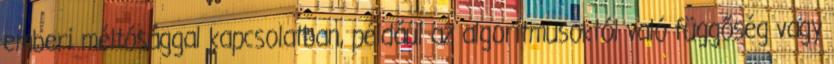
emberi méltósággal kapcsolatban, például az algoritmusoktól való függőség vagy